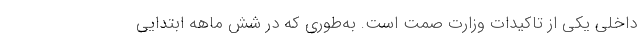
داخلی یکی از تاکیدات وزارت صمت است. به‌طوری که در شش ماهه ابتدایی